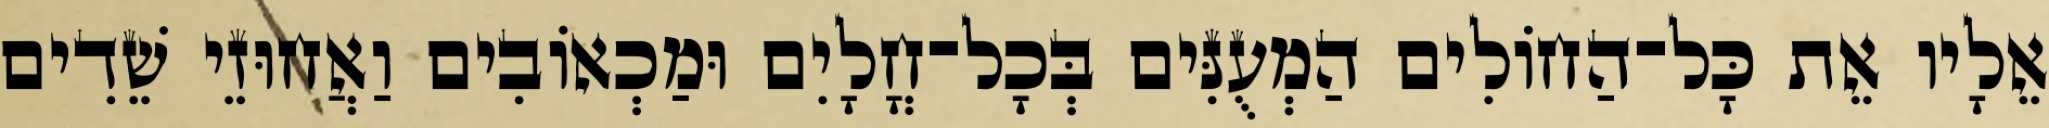
אֵלָיו אֵת כָּל־הַחוֹלִים הַמְעֻנִּים בְּכָל־חֳלָיִם וּמַכְאוֹבִים וַאֲחוּזֵי שֵׁדִים